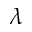
\lambda